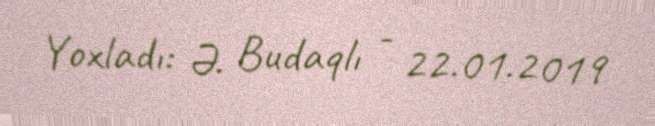
Yoxladı: Ə. Budaqlı - 22.01.2019